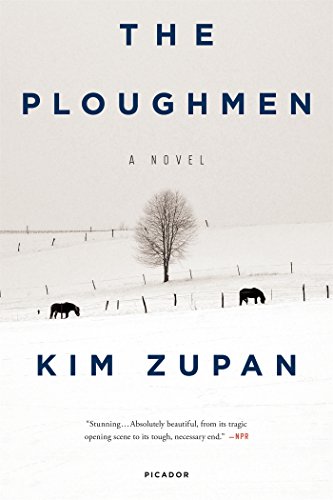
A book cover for The Ploughmen: A Novel; Kim Zupan; Literature & Fiction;